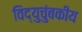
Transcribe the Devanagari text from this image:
विद्युचुंबकीय